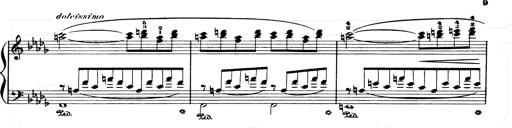
Title: Consolations and LiebestrÃ¤ume for the Piano
Composer: Franz Liszt